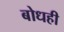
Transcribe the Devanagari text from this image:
बोधही